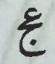
عج